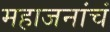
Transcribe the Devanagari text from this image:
महाजनांचं